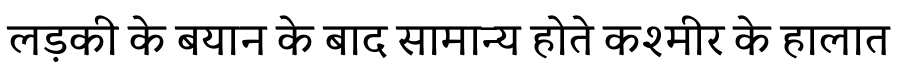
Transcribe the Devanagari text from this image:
लड़की के बयान के बाद सामान्य होते कश्मीर के हालात